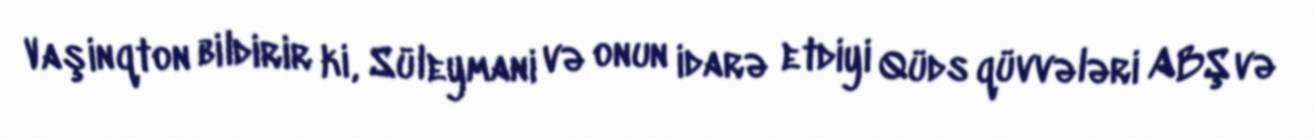
Vaşinqton bildirir ki, Süleymani və onun idarə etdiyi Qüds qüvvələri ABŞ və